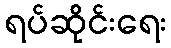
ရပ်ဆိုင်းရေး